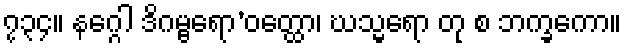
၇၃၄။ နဂ္ဂေါ ဒိဂမ္ဗရော’ဝတ္ထော၊ ဃသ္မရော တု စ ဘက္ခကော။